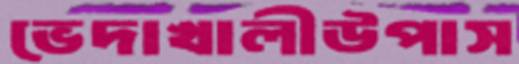
ভেদাখালীউপাস